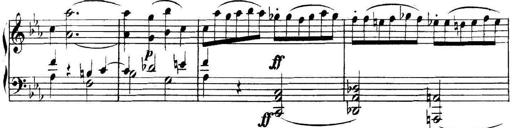
Title: Collected Piano Sonatas
Composer: Muzio Clementi